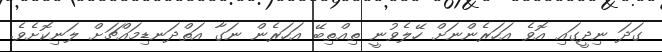
ގަދަ ނިދީގައި އޮވެ އަހަރެންނަށް ހޭލެވުނީ ތިއްތިބޭ އަހަރެން ނަގާ އަތްދަނޑިމައްޗަށް ލަނިކޮށެވެ.